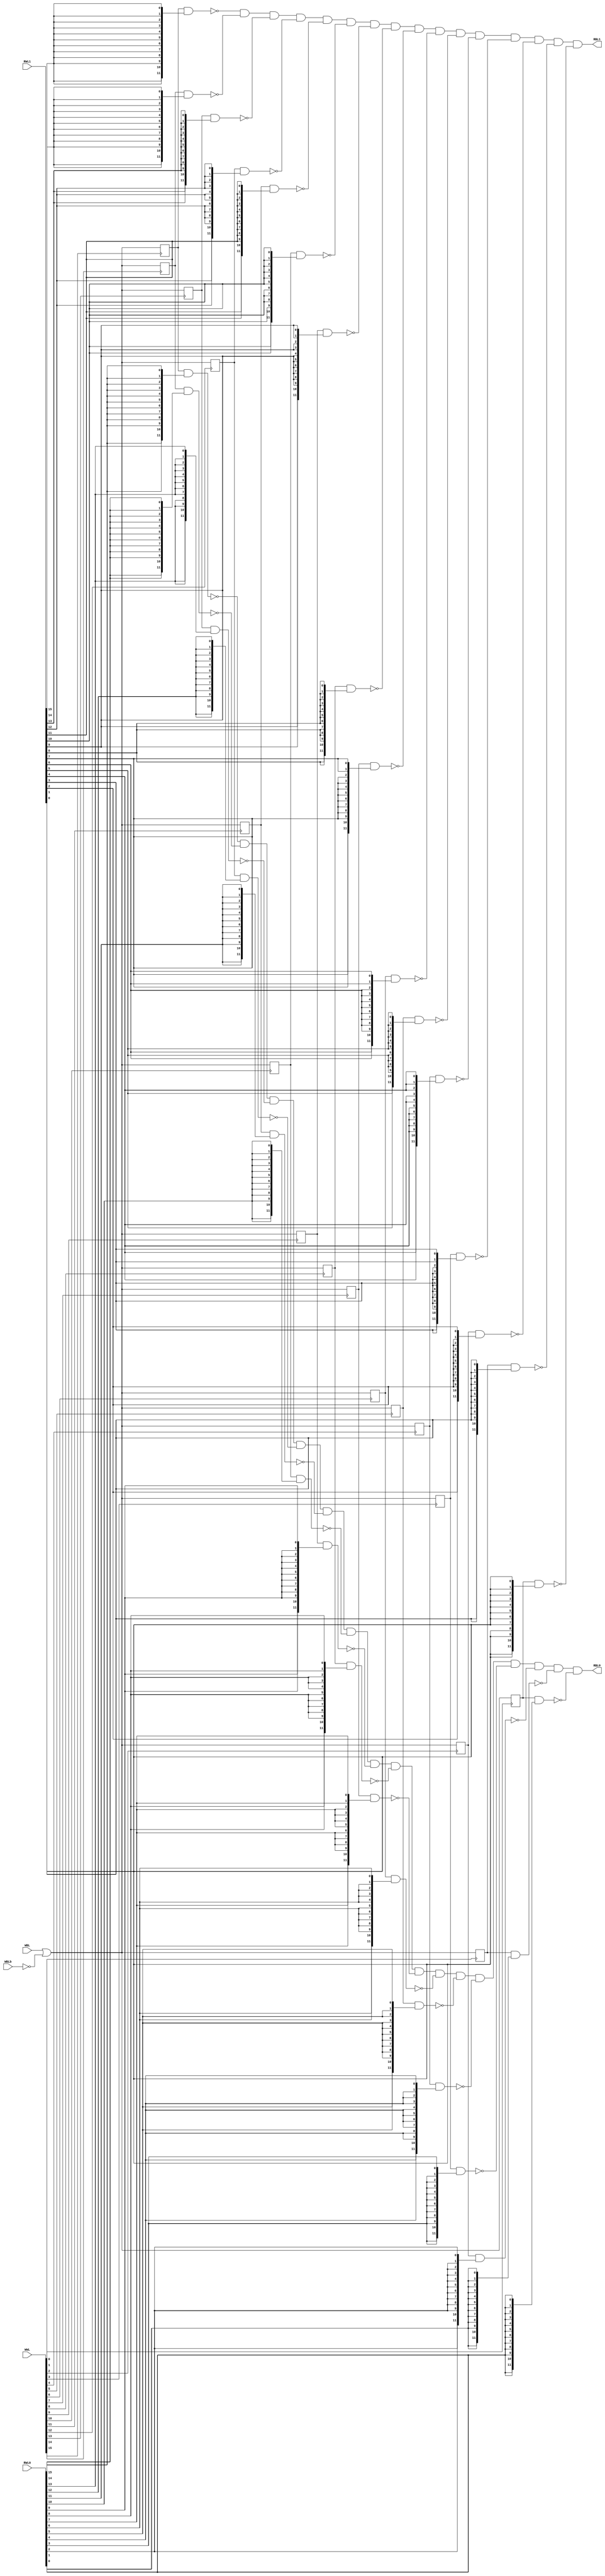
//  IBM Corp. 2022
// Licensed under the Apache License, Version 2.0 (the "License"), as modified by the terms below; you may not use the files in this
// repository except in compliance with the License as modified.
// You may obtain a copy of the License at http://www.apache.org/licenses/LICENSE-2.0
//
// Modified Terms:
//
//   1)	For the purpose of the patent license granted to you in Section 3 of the License, the "Work" hereby includes implementations of
//   the work of authorship in physical form.
//
// Unless required by applicable law or agreed to in writing, the reference design distributed under the License is distributed on an
// "AS IS" BASIS, WITHOUT WARRANTIES OR CONDITIONS OF ANY KIND, either express or implied. See the License for the specific language
// governing permissions and limitations under the License.
//
// Brief explanation of modifications:
//
// Modification 1: This modification extends the patent license to an implementation of the Work in physical form  i.e.,
// it unambiguously permits a user to make and use the physical chip.

// Behavioral for 16x12 toysram subarray

`timescale 1 ps / 1 ps

module toysram_16x12 (

   input  [0:15]     RWL0,
   input  [0:15]     RWL1,
   input  [0:15]     WWL,
   output [0:11]     RBL0,
   output [0:11]     RBL1,
   input  [0:11]     WBL,
   input  [0:11]     WBLb

);

reg [0:11] mem_00;
reg [0:11] mem_01;
reg [0:11] mem_02;
reg [0:11] mem_03;
reg [0:11] mem_04;
reg [0:11] mem_05;
reg [0:11] mem_06;
reg [0:11] mem_07;
reg [0:11] mem_08;
reg [0:11] mem_09;
reg [0:11] mem_10;
reg [0:11] mem_11;
reg [0:11] mem_12;
reg [0:11] mem_13;
reg [0:11] mem_14;
reg [0:11] mem_15;

// word-select
// the bits are negative-active at this point
// the cell outputs 0 if stored '1' AND RWLx; RBLx[0:11] are dot-AND'ed
assign RBL0 = ~(mem_00  & {12{RWL0[0]}})  &
              ~(mem_01  & {12{RWL0[1]}})  &
              ~(mem_02  & {12{RWL0[2]}})  &
              ~(mem_03  & {12{RWL0[3]}})  &
              ~(mem_04  & {12{RWL0[4]}})  &
              ~(mem_05  & {12{RWL0[5]}})  &
              ~(mem_06  & {12{RWL0[6]}})  &
              ~(mem_07  & {12{RWL0[7]}})  &
              ~(mem_08  & {12{RWL0[8]}})  &
              ~(mem_09  & {12{RWL0[9]}})  &
              ~(mem_10  & {12{RWL0[10]}}) &
              ~(mem_11  & {12{RWL0[11]}}) &
              ~(mem_12  & {12{RWL0[12]}}) &
              ~(mem_13  & {12{RWL0[13]}}) &
              ~(mem_14  & {12{RWL0[14]}}) &
              ~(mem_15  & {12{RWL0[15]}});

assign RBL1 = ~(mem_00  & {12{RWL1[0]}})  &
              ~(mem_01  & {12{RWL1[1]}})  &
              ~(mem_02  & {12{RWL1[2]}})  &
              ~(mem_03  & {12{RWL1[3]}})  &
              ~(mem_04  & {12{RWL1[4]}})  &
              ~(mem_05  & {12{RWL1[5]}})  &
              ~(mem_06  & {12{RWL1[6]}})  &
              ~(mem_07  & {12{RWL1[7]}})  &
              ~(mem_08  & {12{RWL1[8]}})  &
              ~(mem_09  & {12{RWL1[9]}})  &
              ~(mem_10  & {12{RWL1[10]}}) &
              ~(mem_11  & {12{RWL1[11]}}) &
              ~(mem_12  & {12{RWL1[12]}}) &
              ~(mem_13  & {12{RWL1[13]}}) &
              ~(mem_14  & {12{RWL1[14]}}) &
              ~(mem_15  & {12{RWL1[15]}});

always @(posedge WWL[0]) begin
   mem_00 <= WBL | ~WBLb;
end

always @(posedge WWL[1]) begin
   mem_01 <= WBL | ~WBLb;
end

always @(posedge WWL[2]) begin
   mem_02 <= WBL | ~WBLb;
end

always @(posedge WWL[3]) begin
   mem_03 <= WBL | ~WBLb;
end

always @(posedge WWL[4]) begin
   mem_04 <= WBL | ~WBLb;
end

always @(posedge WWL[5]) begin
   mem_05 <= WBL | ~WBLb;
end

always @(posedge WWL[6]) begin
   mem_06 <= WBL | ~WBLb;
end

always @(posedge WWL[7]) begin
   mem_07 <= WBL | ~WBLb;
end

always @(posedge WWL[8]) begin
   mem_08 <= WBL | ~WBLb;
end

always @(posedge WWL[9]) begin
   mem_09 <= WBL | ~WBLb;
end

always @(posedge WWL[10]) begin
   mem_10 <= WBL | ~WBLb;
end

always @(posedge WWL[11]) begin
   mem_11 <= WBL | ~WBLb;
end

always @(posedge WWL[12]) begin
   mem_12 <= WBL | ~WBLb;
end

always @(posedge WWL[13]) begin
   mem_13 <= WBL | ~WBLb;
end

always @(posedge WWL[14]) begin
   mem_14 <= WBL | ~WBLb;
end

always @(posedge WWL[15]) begin
   mem_15 <= WBL | ~WBLb;
end

// assert errors (multiwrite, etc.)

endmodule